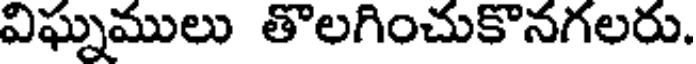
విఘ్నములు తొలగించుకొనగలరు.